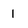
Character: 1